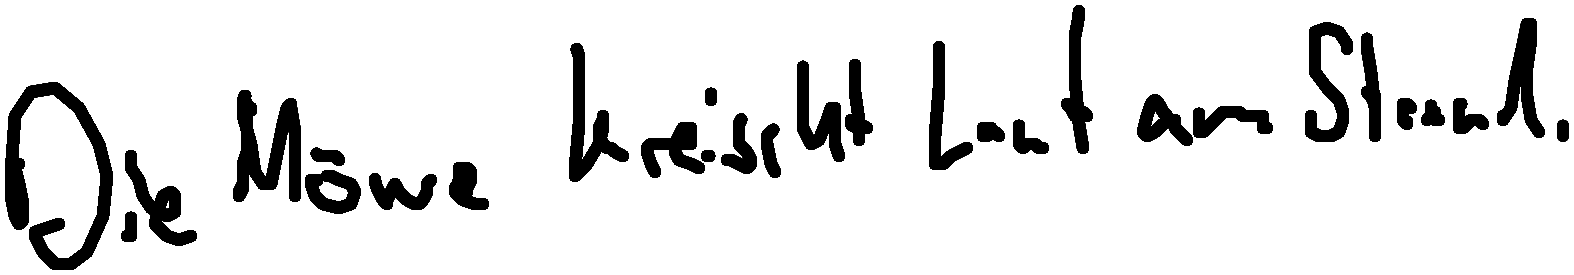
Die Möwe kreischt laut am Strand.